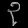
Digit: ၃